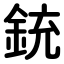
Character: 銃